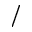
/